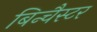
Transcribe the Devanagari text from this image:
बिन्चैस्टर